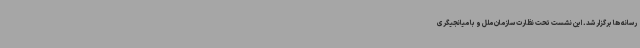
رسانه ها برگزار شد. این نشست تحت نظارت سازمان ملل و با میانجیگری